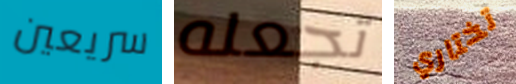
سريعين تجعله تختاري